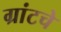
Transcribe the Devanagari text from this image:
ग्रांटचे